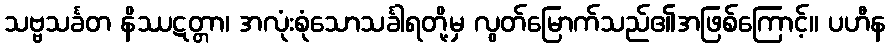
သဗ္ဗသင်္ခတ နိဿဋတ္တာ၊ အလုံးစုံသောသင်္ခါရတို့မှ လွတ်မြောက်သည်၏အဖြစ်ကြောင့်။ ပဟီန